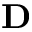
\mathbf { D }